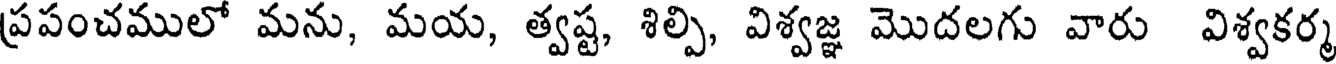
ప్రపంచములో మను, మయ, త్వష్ట, శిల్పి, విశ్వజ్ఞ మొదలగు వారు విశ్వకర్మ